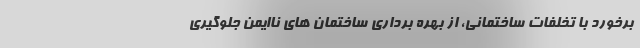
برخورد با تخلفات ساختمانی، از بهره برداری ساختمان های ناایمن جلوگیری